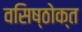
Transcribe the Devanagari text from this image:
वसिष्ठोक्त